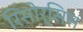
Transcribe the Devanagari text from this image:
रिसोर्सिस